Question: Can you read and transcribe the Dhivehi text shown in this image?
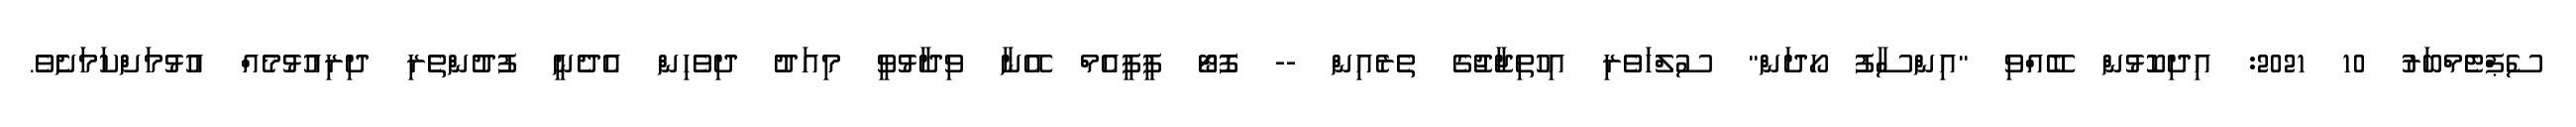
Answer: ސެޕްޓެމްބަރު 10 2021: އިދިކޮޅުން ބޭއްވި "އިންސާފު ހޯދަން" ސުލްހަވެރި އިހުތިޖާޖުގެ ތެރެއިން -- ފޮޓޯ ޕީޕީއެމް އޭނާ ވިދާޅުވީ މިއަދު ދިވެހިން އެދެނީ ފުދުންތެރި ދިރިއުޅުމެއް އުޅުމަށްކަމަށެެވެ.